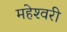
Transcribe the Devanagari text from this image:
महेश्‍वरी